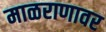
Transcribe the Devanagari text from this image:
माळराणावर